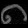
Digit: ၈